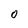
Character: O